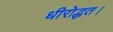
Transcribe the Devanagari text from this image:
धीरोद्धत।